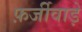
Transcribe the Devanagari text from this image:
फ़र्जीवाड़े